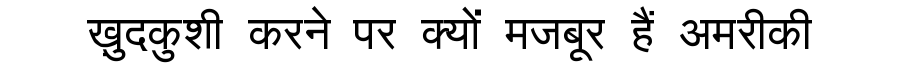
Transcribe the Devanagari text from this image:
ख़ुदकुशी करने पर क्यों मजबूर हैं अमरीकी